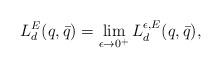
LaTeX: \begin{align*}L^E_d(q,\bar q) = \lim_{\epsilon\rightarrow 0^+} L^{\epsilon,E}_d(q,\bar q),\end{align*}